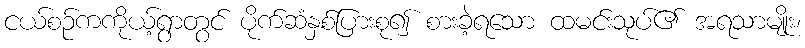
ငယ်စဉ်ကကိုယ့်ရွာတွင် ပိုက်ဆံနှစ်ပြားစု၍ စားခဲ့ရသော ထမင်းသုပ်၏ အရသာမျိုး၊